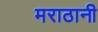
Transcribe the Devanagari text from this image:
मराठानी